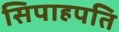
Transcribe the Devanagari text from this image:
सिपाहपति